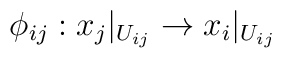
\phi _{ij}:x_j|_{U_{ij}}\rightarrow x_i|_{U_{ij}}